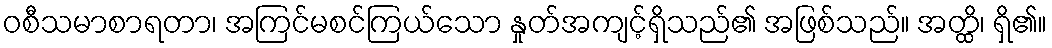
ဝစီသမာစာရတာ၊ အကြင်မစင်ကြယ်သော နှုတ်အကျင့်ရှိသည်၏ အဖြစ်သည်။ အတ္ထိ၊ ရှိ၏။